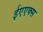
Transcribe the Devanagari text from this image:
ईएएक्स